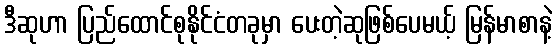
ဒီဆုဟာ ပြည်ထောင်စုနိုင်ငံတခုမှာ ပေးတဲ့ဆုဖြစ်ပေမယ့် မြန်မာစာနဲ့